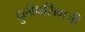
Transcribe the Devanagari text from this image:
दुलीपसिंगजी